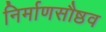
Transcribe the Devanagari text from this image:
निर्माणसौष्ठव